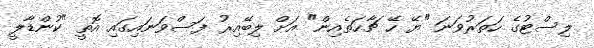
ލިސްޓުގެ ހަތަރުވަނަ "ޔޭ ހޭ ޗާހަތެއިން" އަށް ލިބޭއިރު ފަސްވަނައިގައި އޮތީ "ކުންޑާލީ